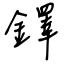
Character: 鐸